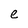
Character: e